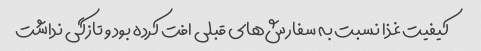
کیفیت غذا نسبت به سفارش‌های قبلی افت کرده بود و تازگی نداشت